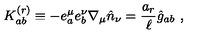
K _ { a b } ^ { ( r ) } \equiv - e _ { a } ^ { \mu } e _ { b } ^ { \nu } \nabla _ { \mu } { \hat { n } } _ { \nu } = { \frac { a _ { r } } { \ell } } { \hat { g } } _ { a b } \ ,